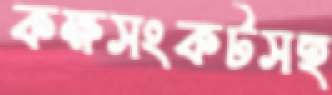
কক্ষসংকটসহ